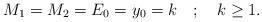
LaTeX: \begin{align*}M_1=M_2=E_0=y_0=k \quad ;\quad k\ge 1. \end{align*}